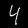
Digit: 4